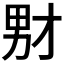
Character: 𪟞